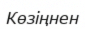
Көзіңнен